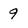
Character: 9